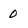
Character: 0